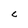
Character: C